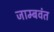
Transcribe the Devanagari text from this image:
जाम्बवंत